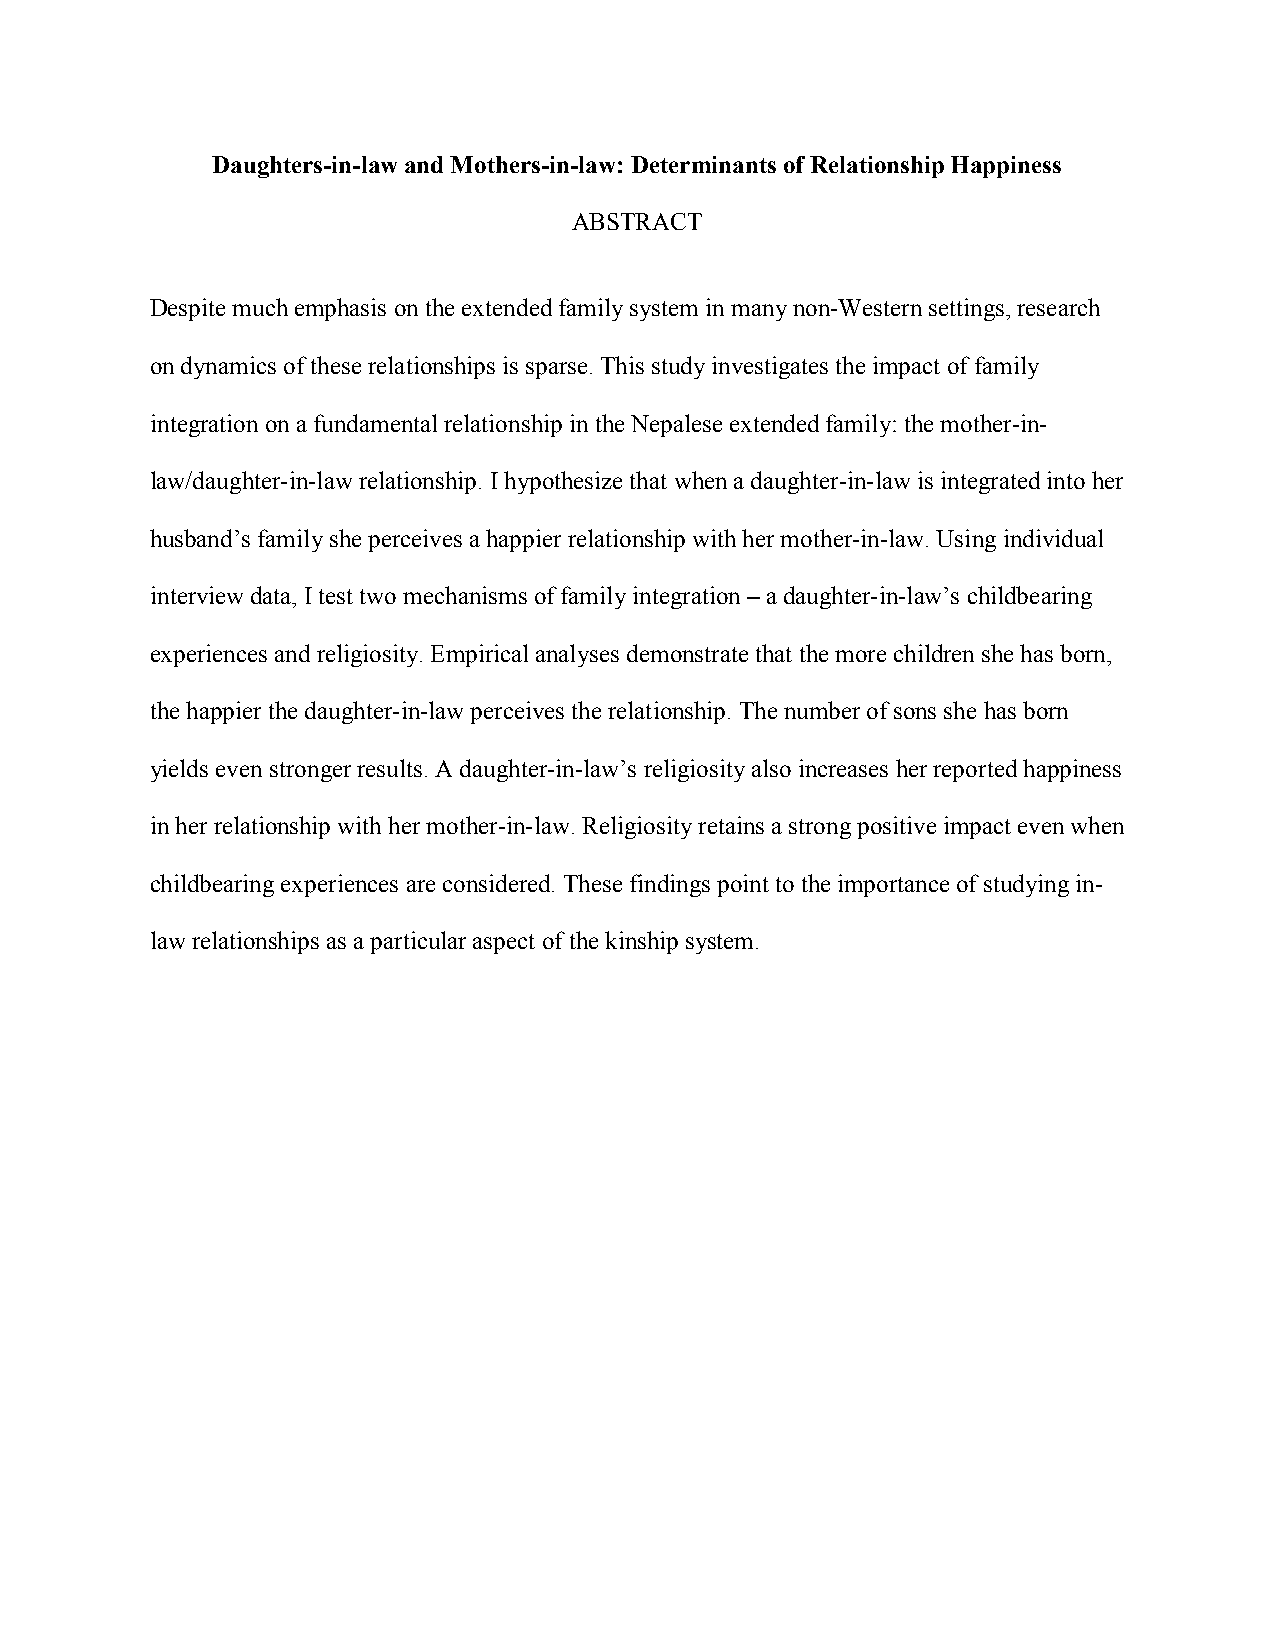
Daughters-in-law and Mothers-in-law: Determinants of Relationship Happiness
 ABSTRACT
 Despite much emphasis on the extended family system in many non-Western settings, research
 on dynamics of these relationships is sparse. This study investigates the impact of family
 integration on a fundamental relationship in the Nepalese extended family: the mother-in-
 law/daughter-in-law relationship. I hypothesize that when a daughter-in-law is integrated into her
 husband’s family she perceives a happier relationship with her mother-in-law. Using individual
 interview data, I test two mechanisms of family integration – a daughter-in-law’s childbearing
 experiences and religiosity. Empirical analyses demonstrate that the more children she has born,
 the happier the daughter-in-law perceives the relationship. The number of sons she has born
 yields even stronger results. A daughter-in-law’s religiosity also increases her reported happiness
 in her relationship with her mother-in-law. Religiosity retains a strong positive impact even when
 childbearing experiences are considered. These findings point to the importance of studying in-
 law relationships as a particular aspect of the kinship system.